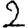
Digit: 2